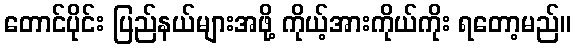
တောင်ပိုင်း ပြည်နယ်များအဖို့ ကိုယ့်အားကိုယ်ကိုး ရတော့မည်။